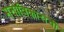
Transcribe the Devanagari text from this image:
मनोविकारांची